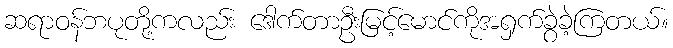
ဆရာဝန်ဘပုတို့ကလည်း ဒေါက်တာဦးမြင့်မောင်ကိုအရှက်ခွဲခဲ့ကြတယ်။